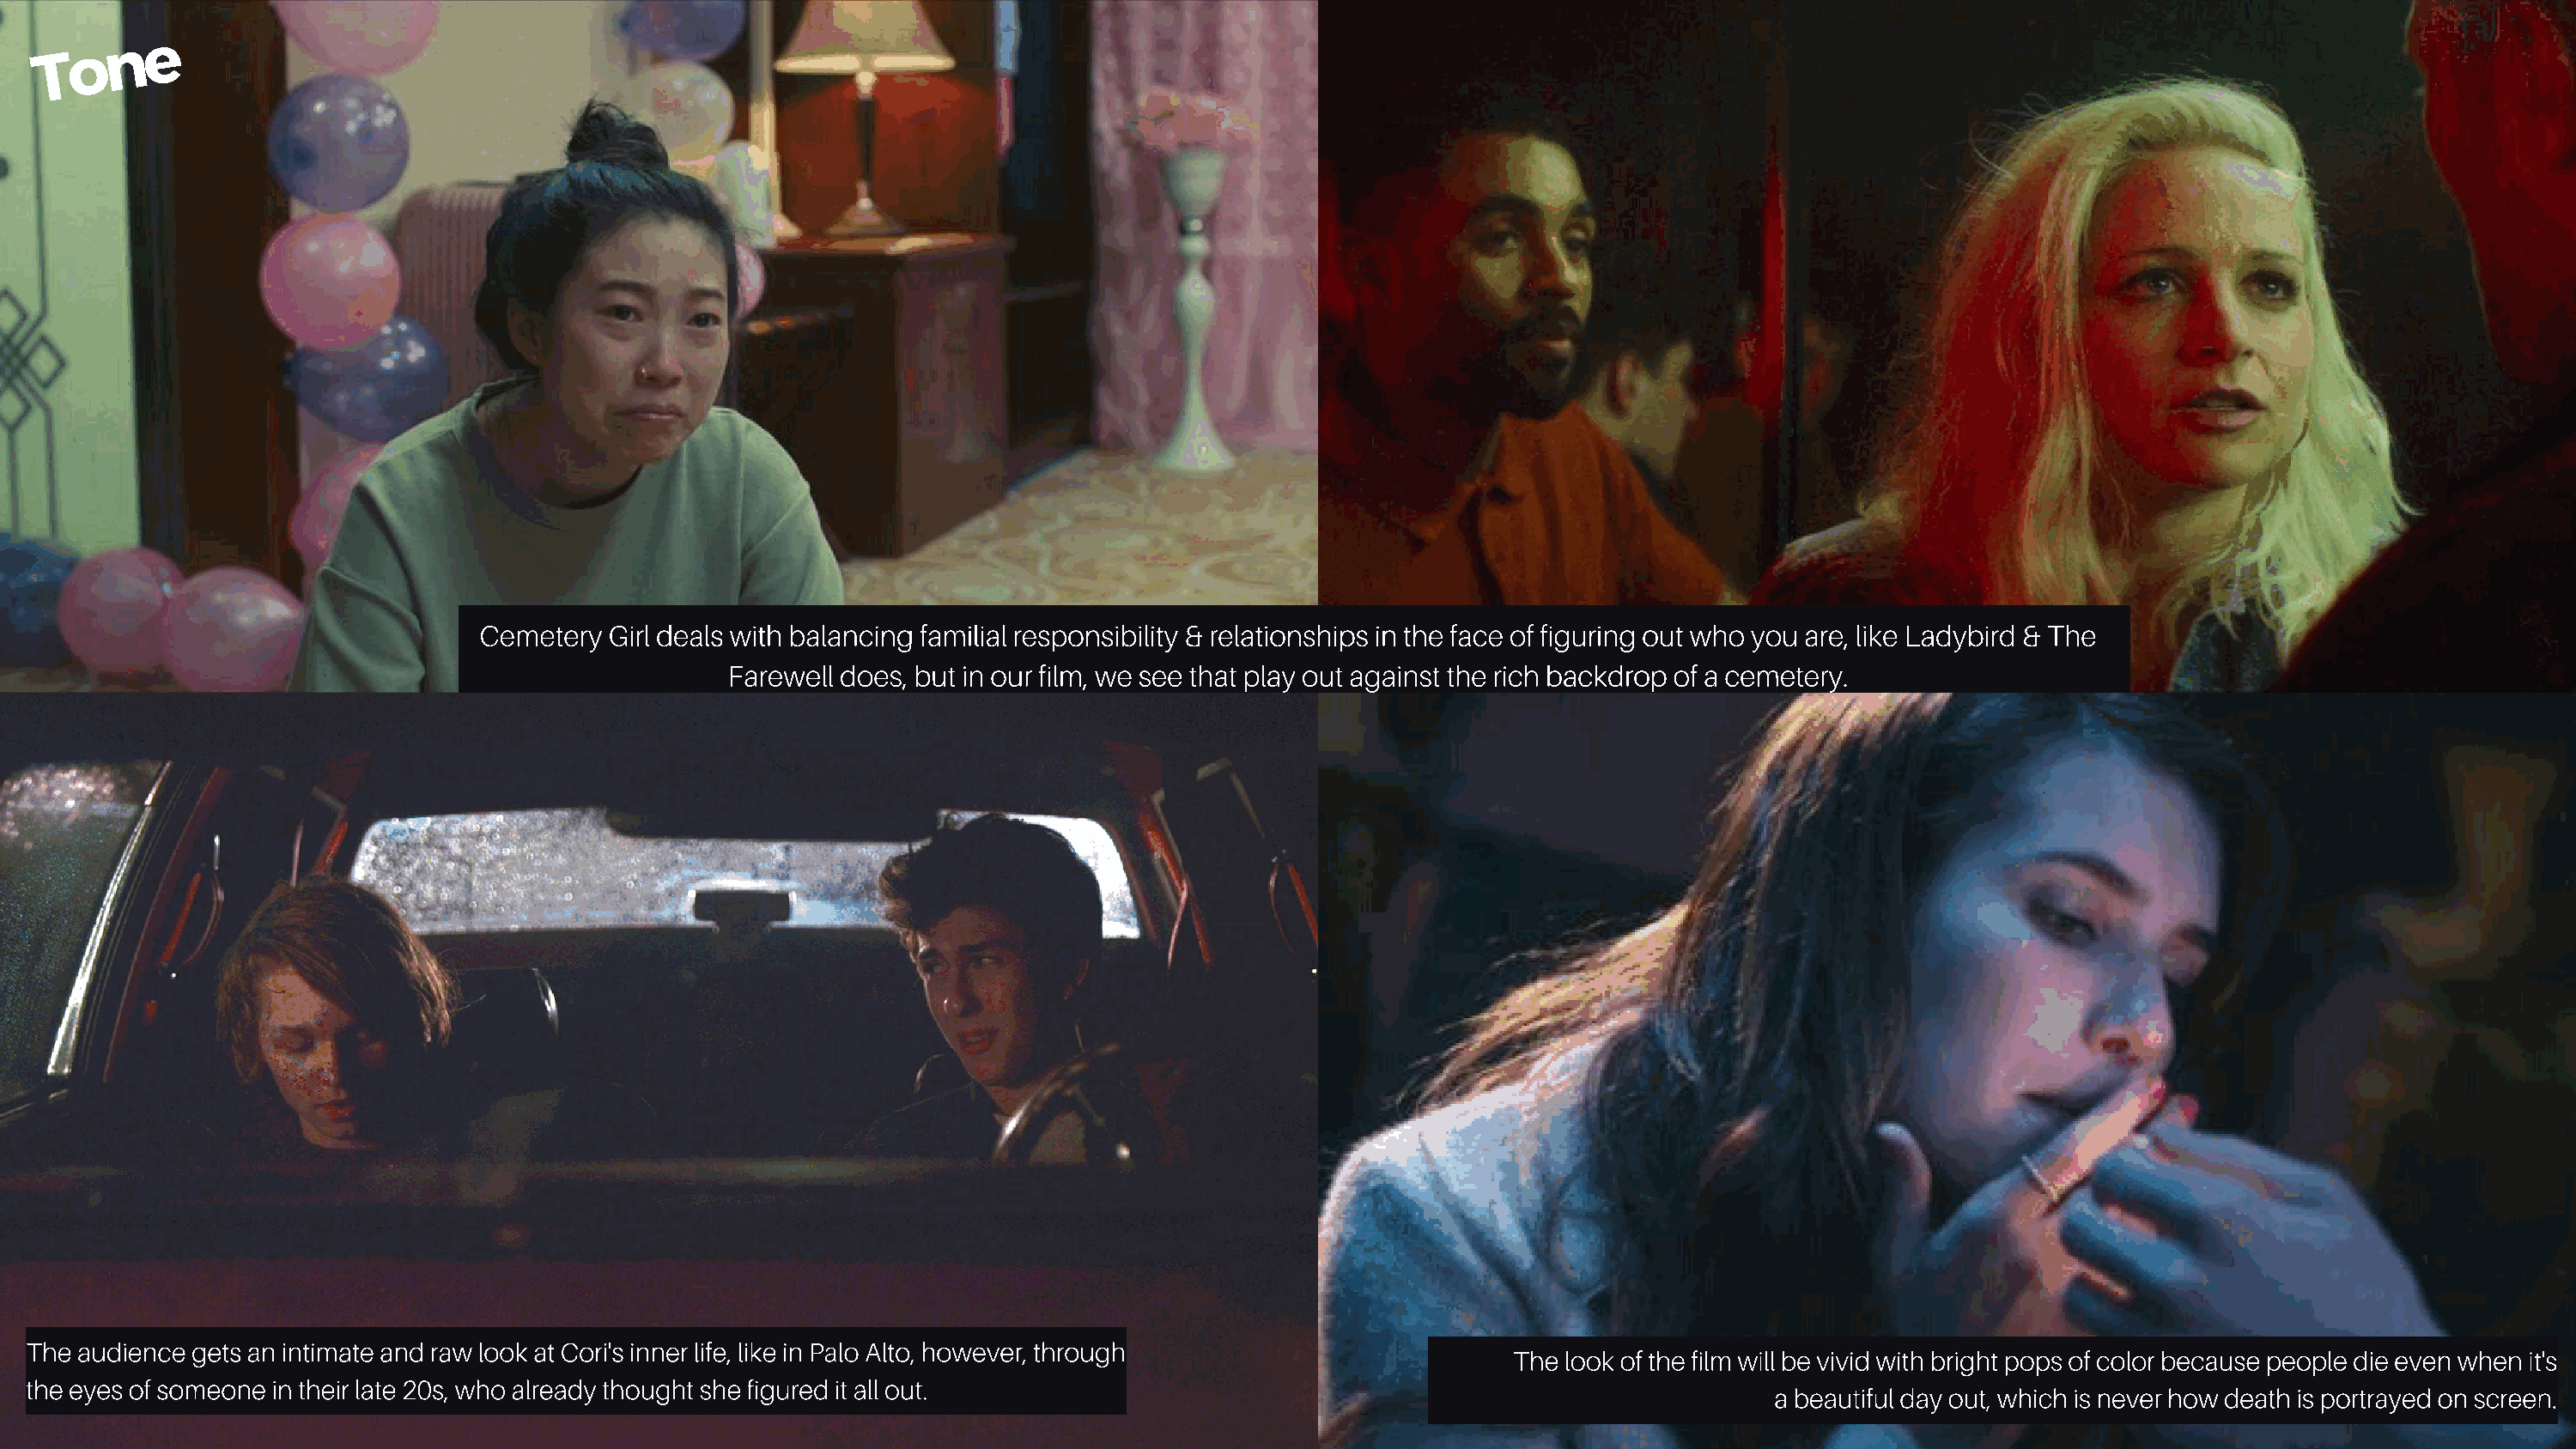
n  e
 o
 T
 Cemetery  Girl deals with balancing familial responsibility & relationships in the face of figuring out who you are, like Ladybird & The
 Farewell does, but in our film, we see that play out against the rich backdrop of a cemetery.
 The audience gets an intimate and raw look at Cori's inner life, like in Palo Alto, however, through
 The look of the film will be vivid with bright pops of color because people die even when it's
 the eyes of someone in their late 20s, who already thought she figured it all out.
 a beautiful day out, which is never how death is portrayed on screen.